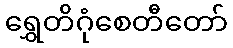
ရွှေတိဂုံစေတီတော်